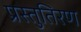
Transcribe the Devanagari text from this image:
प्रस्तुतिरण